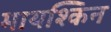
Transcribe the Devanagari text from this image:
मायश्किन